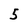
Character: 5